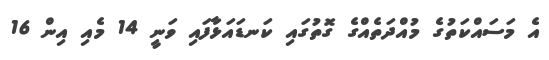
އެ މަސައްކަތުގެ މުއްދަތެއްގެ ގޮތުގައި ކަނޑައަޅާފައި ވަނީ 14 މެއި އިން 16